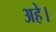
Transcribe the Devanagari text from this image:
अहे।